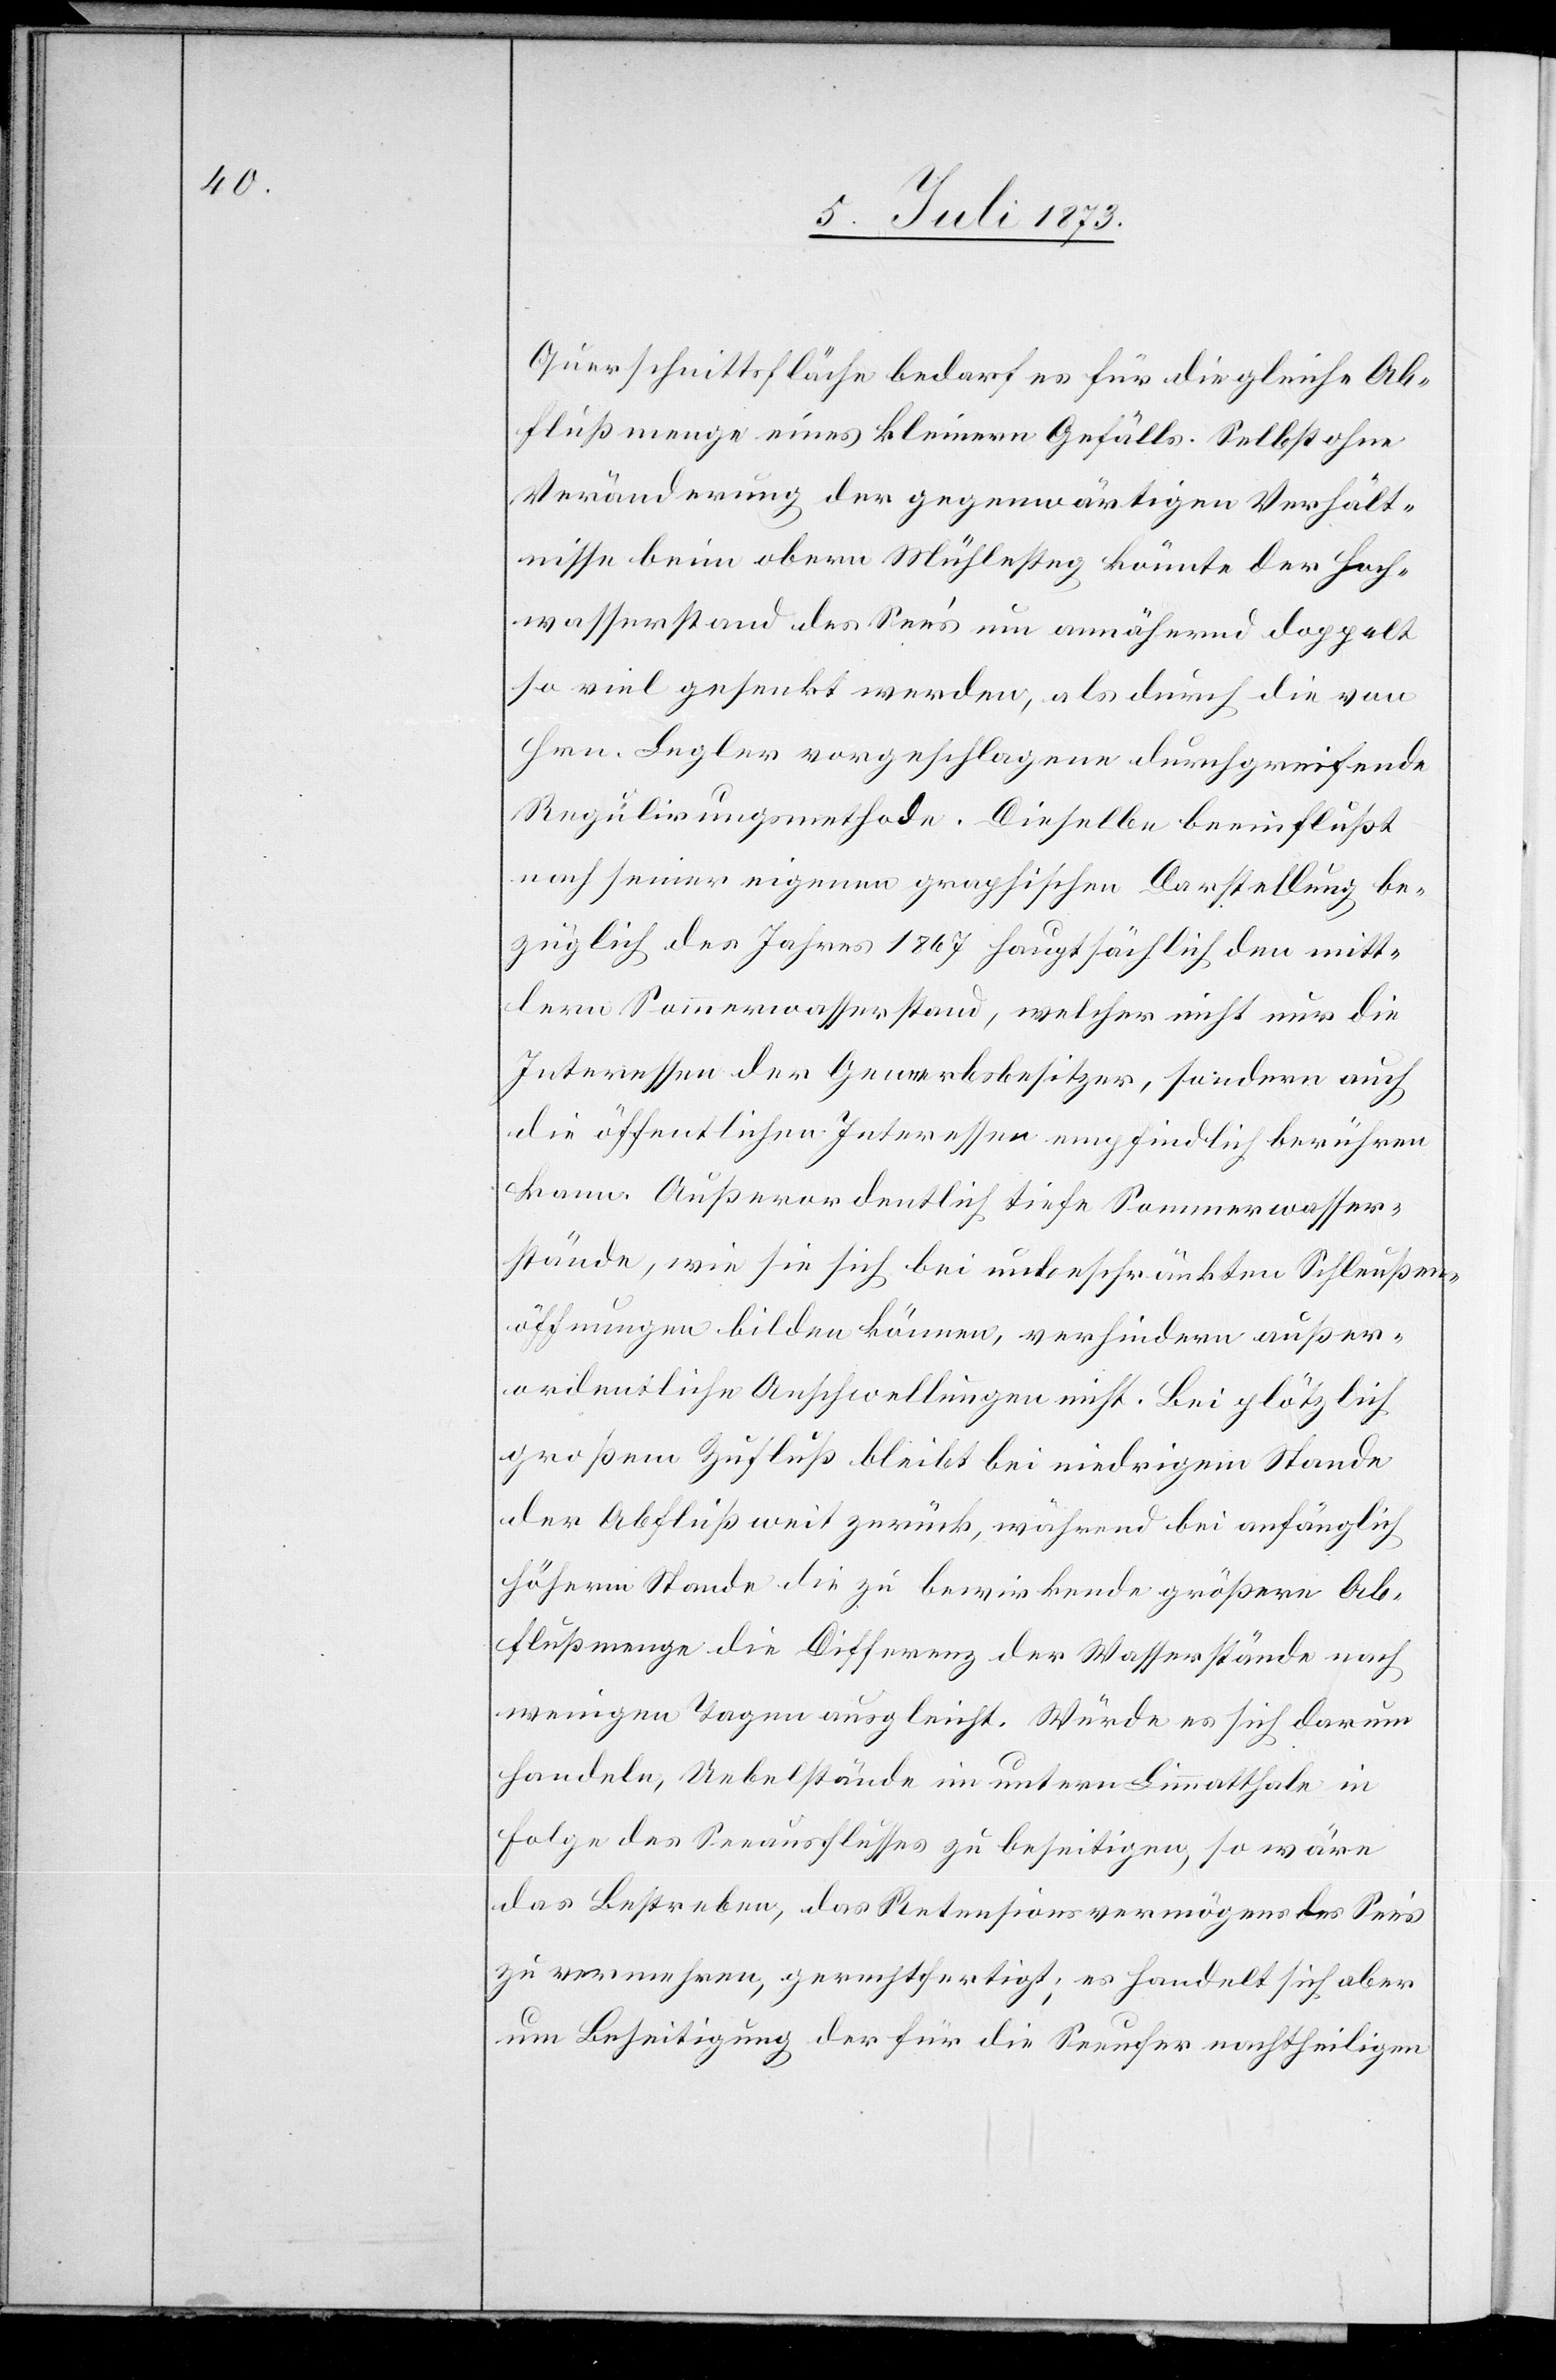
Querschnittsfläche bedarf es für die gleiche Ab¬
flußmenge eines kleinen Gefälls. Selbst ohne
Veränderung der gegenwärtigen Verhält¬
nisse beim obern Mühlesteg könnte der Hoch¬
wasserstand des See’s um annähernd doppelt
so viel gesenkt werden, als durch die von
Hrn. Legler vorgeschlagene durchgreifende
Regulirungsmethode. Dieselbe beeinflußt
nach seiner eigenen graphischen Darstellung be¬
züglich des Jahres 1867 hauptsächlich den mitt¬
lern Sommerwasserstand, welcher nicht nur die
Interessen der Gewerbsbesitzer, sondern auch
die öffentlichen Interessen empfindlich berühren
kann. Außerordentlich tiefe Sommerwasser¬
stände, wie sie sich bei unbeschränkten Schleußen¬
öffnungen bilden können, verhindern außer¬
ordentliche Anschwellungen nicht. Bei plötzlich
großem Zufluß bleibt bei niedrigem Stande
der Abfluß weit zurück, während bei anfänglich
höherm Stande die zu bewirkende größere Ab¬
flußmenge die Differenz der Wasserstände nach
wenigen Tagen ausgleicht. Würde es sich darum
handeln, Uebelstände im untern Limmatthale in
Folge des Seeausflusses zu beseitigen, so wäre
das Bestreben, das Retensionsvermögens [sic!] des
zu vermehren, gerechtfertigt; es handelt sich aber
um Beseitigung der für die Seeufer nachtheiligen